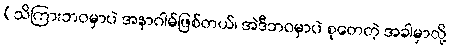
(သိကြားဘဝမှာပဲ အနာဂါမ်ဖြစ်တယ်၊ အဲဒီဘဝမှာပဲ စုတေတဲ့ အခါမှာလို့